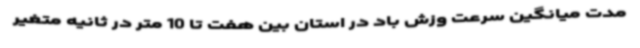
مدت میانگین سرعت وزش باد در استان بین هفت تا 10 متر در ثانیه متغیر